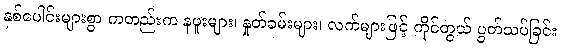
နှစ်ပေါင်းများစွာ ကတည်းက နဖူးများ၊ နှုတ်ခမ်းများ၊ လက်များဖြင့် ကိုင်တွယ် ပွတ်သပ်ခြင်း